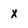
Character: x